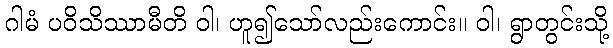
ဂါမံ ပဝိသိဿာမီတိ ဝါ၊ ဟူ၍သော်လည်းကောင်း။ ဝါ၊ ရွာတွင်းသို့